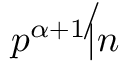
p ^ { \alpha + 1 } \not | n